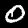
Label: 0